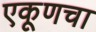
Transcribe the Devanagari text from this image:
एकूणचा